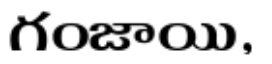
గంజాయి,